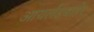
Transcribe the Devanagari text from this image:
आयर्लंडबाहेर